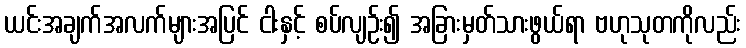
ယင်းအချက်အလက်များအပြင် ငါးနှင့် စပ်လျဉ်း၍ အခြားမှတ်သားဖွယ်ရာ ဗဟုသုတကိုလည်း